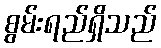
စွမ်းရည်ရှိသည်